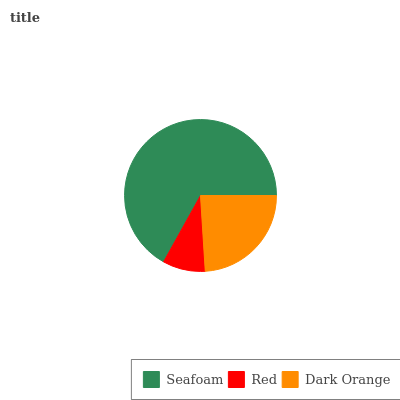
| Seafoam | Red | Dark Orange |
 | --- | --- | --- |
 | 66.9% | 9.09% | 24% |